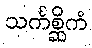
သင်္ကစ္ဆိကံ